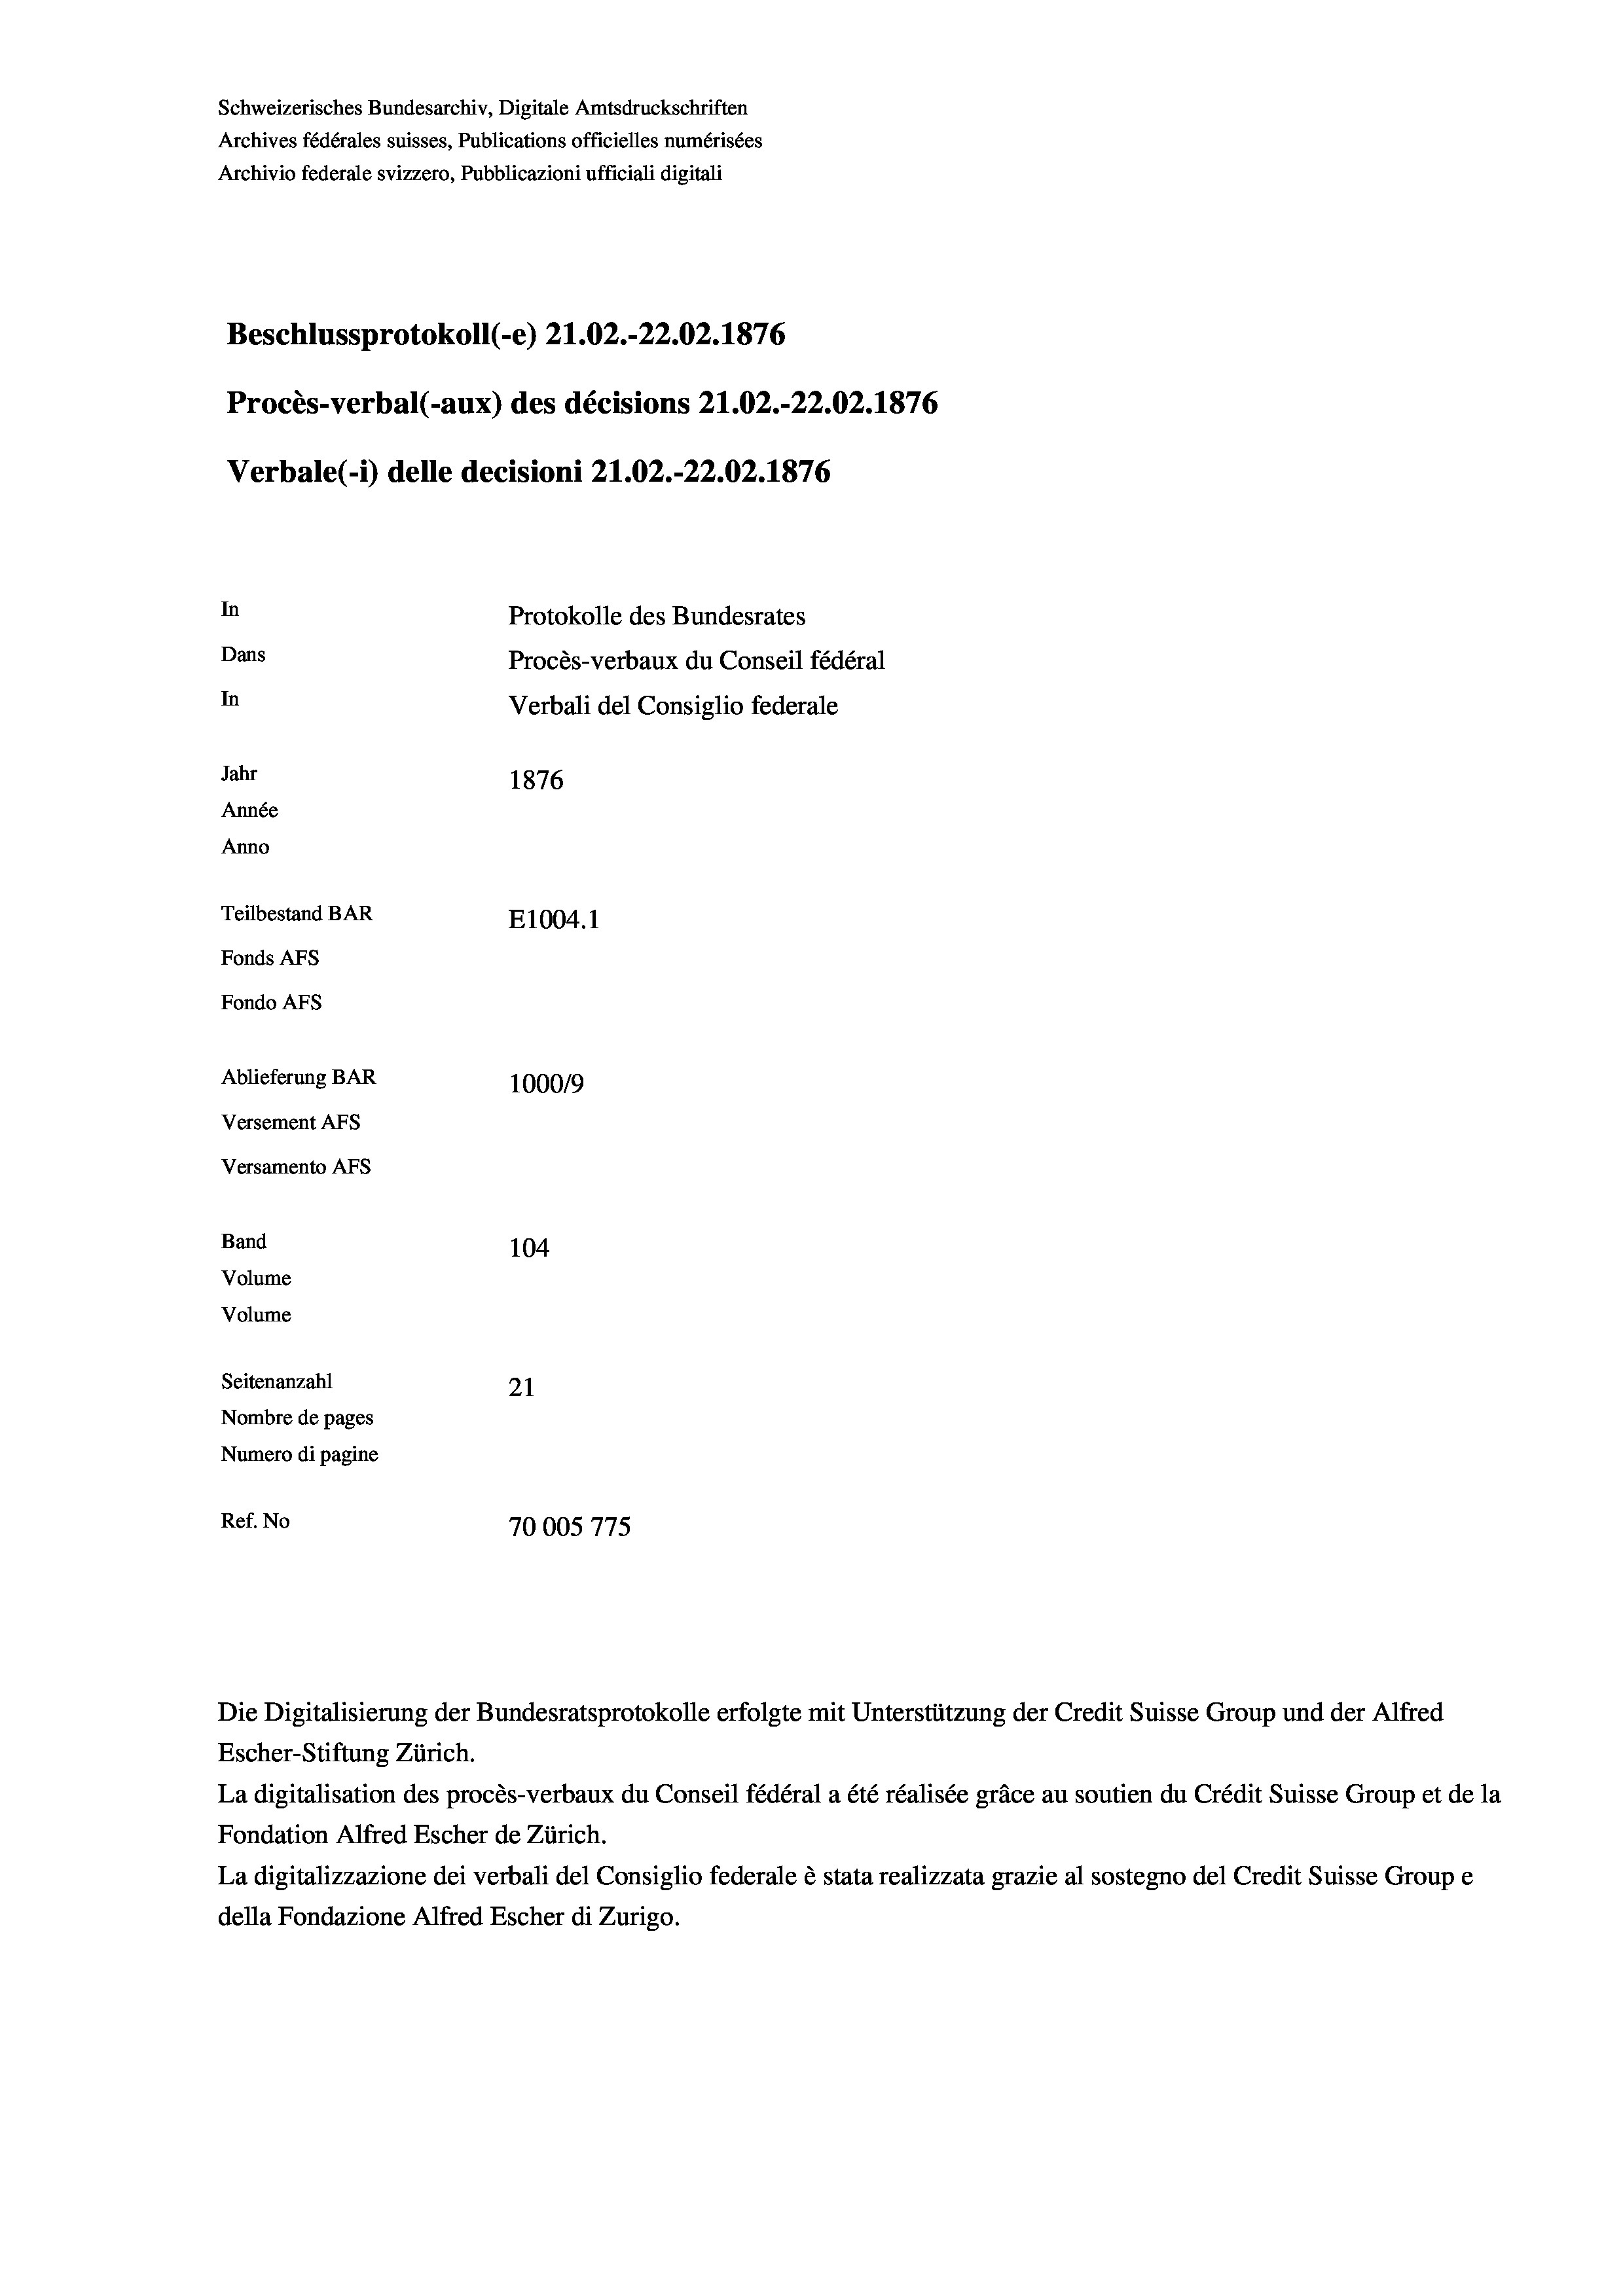
Schweizerisches Bundesarchiv, Digitale Amtsdruckschriften
Archives fédérales suisses, Publications officielles numérisées
Archivio federale svizzero, Pubblicazioni ufficiali digitali
Beschlussprotokoll (-e) 21.02.-22.02. 1876
Procès-verbal (-aux) des décisions 21.02.-22.02. 1876
Verbale (1) delle decisioni 21.02.-22.02. 1876
In
Protokolle des Bundesrates
Dans
Procès-verbaux du Conseil fédéral
In
Verbali del Consiglio federale
Jahr
1876
Année
Anno
Teilbestand BAR
E1004.1
Fonds AFs
Fondo Afs
Ablieferung BAR
100019
Versement AFs
Versamento Afs
Band
104
Volume
Volume
Seitenanzahl
21
Nombre de pages
Numero di pagine
Ref. No
70005775

Die Digitalisierung der Bundesratsprotokolle erfolgte mit Unterstützung der Credit Suisse Group und der Alfred
Escher-Stiftung Zürich.
La digitalisation des procès-verbaux du Conseil fédéral a été réalisée gräce au soutien du Crédit Suisse Group et de la
Fondation Alfred Escher de Zürich.
La digitalizzazione dei verbali del Consiglio federale è stata realizzata grazie al sostegno del Credit Suisse Groupe
della Fondazione Alfred Escher di Zurigo.